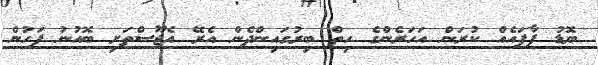
ބޮޑު ފާފައެއް ކުރަން އަހަރެންގެ ހިތް ބިރުގައިންދެން އެރޭ އެޖޫސްތަށި ބޮއުނު ފަހުން